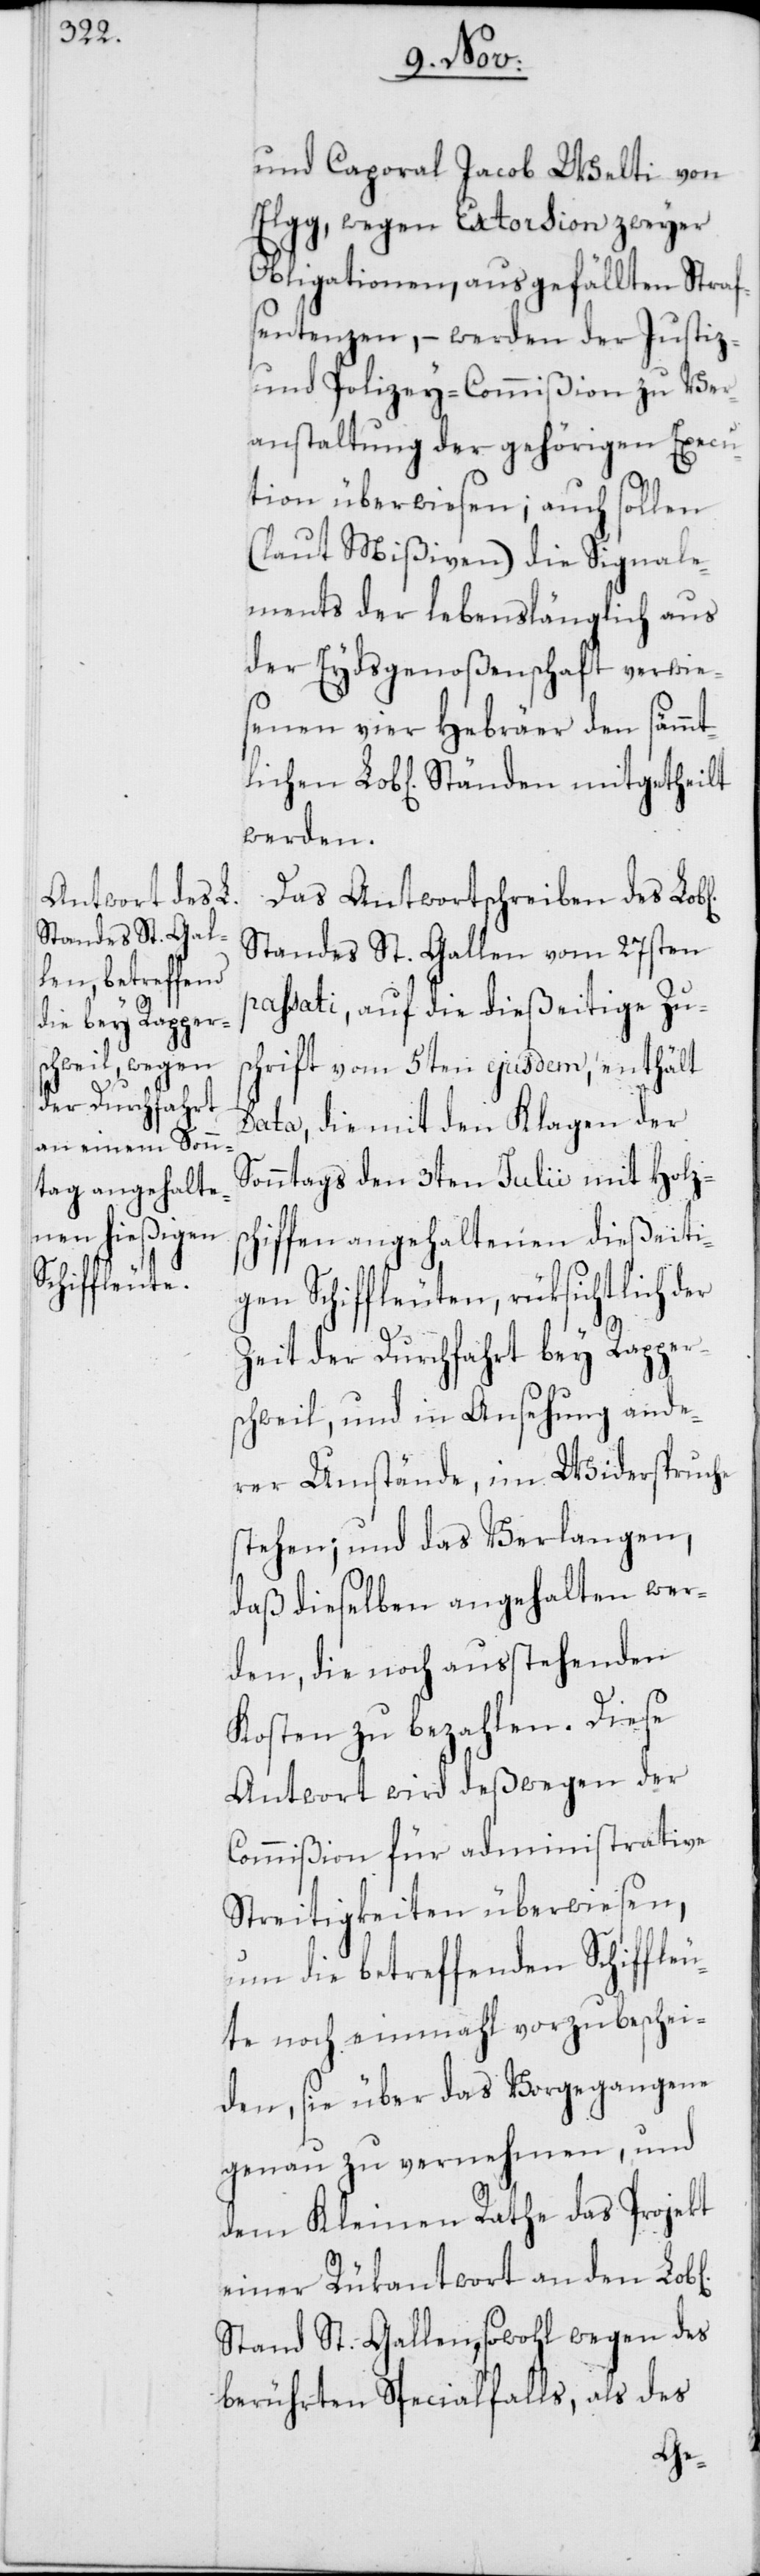
n Lob[l¬
und Caporal Jacob Welti von
Elgg, wegen Extorsion zweyer
Obligationen, ausgefällten Straf¬
sentenzen, – werden der Justiz-
und Polizey-Commißion zur Ver¬
anstaltung der gehörigen Execu¬
tion überwiesen; auch sollen
(laut Mißiven) die Signale¬
ments der lebenslänglich aus
der Eydsgenoßenschaft verwie¬
senen vier Hebräer den sämmtl¬
ichen] Ständen mitgetheilt
werden.
Das Antwortschreiben des Lob[l¬
Standes St. Gallen vom 27sten
passati, auf die dießeitige Zus¬
chrift vom 5ten ejusdem, enthält
Data, die mit den Klagen der
Sonntags den 3ten Julii mit Holzs¬
chiffen angehaltenen dießeiti¬
gen Schiffleuten, rüksichtlich der
Zeit der Durchfahrt bey Rapper¬
schweil, und in Ansehung ande¬
rer Umstände, im Widerspruche
stehen; und das Verlangen,
daß dieselben angehalten wer¬
den, die noch ausstehenden
Kosten zu bezahlen. Diese
Antwort wird deßwegen der
Commißion für administrative
Streitigkeiten überwiesen,
um die betreffenden Schiffleu¬
te noch einmahl vorzubeschei¬
den, sie über das Vorgegangene
genau zu vernehmen, und
dem Kleinen Rathe das Projekt
einer Rükantwort an den Lob[l¬
Stand St. Gallen, sowohl wegen des
berührten Specialfalls, als des
ichen]